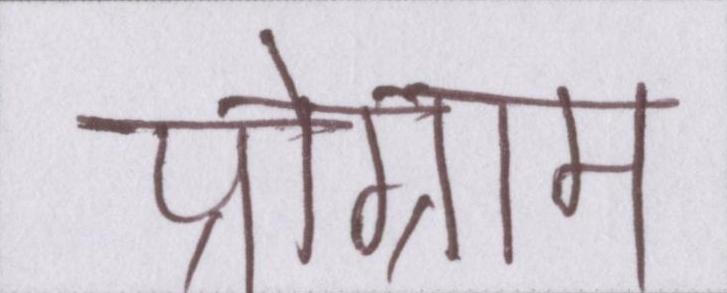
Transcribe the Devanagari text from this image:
प्रोग्राम